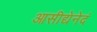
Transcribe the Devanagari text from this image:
आसीद्येनेदं